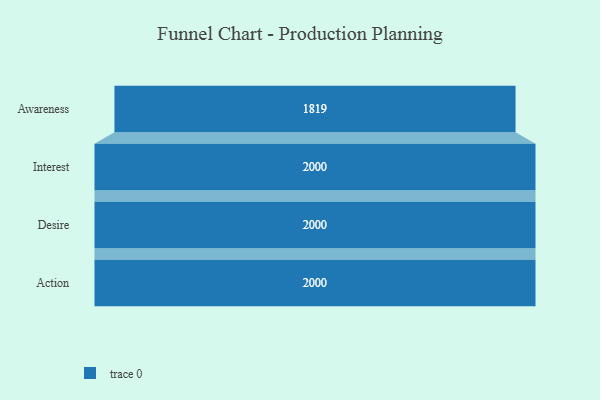
{"axis": {"x": "Stage", "y": "Value"}, "legend": [""], "data": [{"x": "Awareness", "y": 1819.0, "type": ""}, {"x": "Interest", "y": 2000, "type": ""}, {"x": "Desire", "y": 2000, "type": ""}, {"x": "Action", "y": 2000, "type": ""}]}